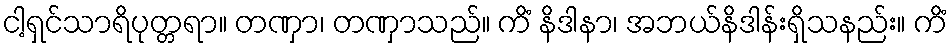
ငါ့ရှင်သာရိပုတ္တရာ။ တဏှာ၊ တဏှာသည်။ ကိံ နိဒါနာ၊ အဘယ်နိဒါန်းရှိသနည်း။ ကိံ